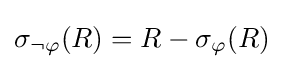
\sigma _{\lnot \varphi }(R)=R-\sigma _{\varphi }(R)